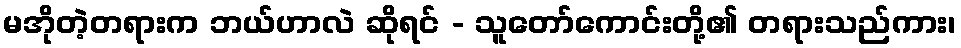
မအိုတဲ့တရားက ဘယ်ဟာလဲ ဆိုရင် - သူတော်ကောင်းတို့၏ တရားသည်ကား၊